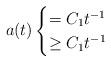
LaTeX: \begin{align*} a(t)\begin{cases}=C_1t^{-1}&\\ \ge C_1t^{-1}&\\ \end{cases} \end{align*}